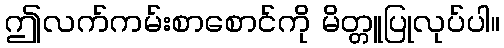
ဤလက်ကမ်းစာစောင်ကို မိတ္တူပြုလုပ်ပါ။